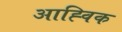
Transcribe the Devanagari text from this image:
आह्विक